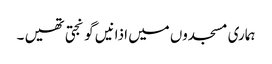
ہماری مسجدوں میں اذانیں گونجتی تھیں ۔